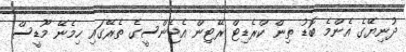
ދުނިޔޭގެ އެންމެ ބޮޑު ތިން ކްރެޑިޓް ރޭޓިން އެޖެންސީގެ ތެރޭގައި ހިމެނޭ މޫޑީސް